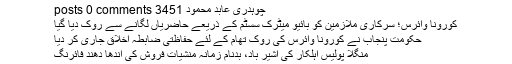
چوہدری عابد محمود 3451 posts 0 comments
کورونا وائرس؛ سرکاری ملازمین کو بائیو میٹرک سسٹم کے ذریعے حاضریاں لگانے سے روک دیا گیا
حکومت پنجاب نے کورونا وائرس کی روک تھام کے لئے حفاظتی ضابطہ اخلاق جاری کر دیا
منگلا پولیس اہلکار کی آشیر باد، بدنام زمانہ منشیات فروش کی اندھا دھند فائرنگ